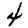
Digit: 4